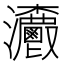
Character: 𤅯